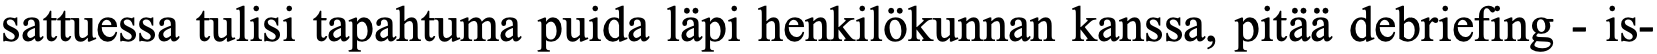
sattuessa tulisi tapahtuma puida läpi henkilökunnan kanssa, pitää debriefing - is-